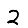
Digit: 2